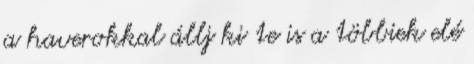
a haverokkal állj ki te is a többiek elé